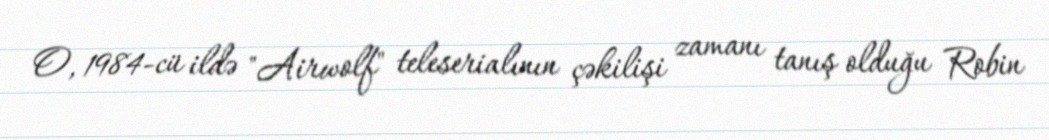
O, 1984-cü ildə "Airwolf" teleserialının çəkilişi zamanı tanış olduğu Robin